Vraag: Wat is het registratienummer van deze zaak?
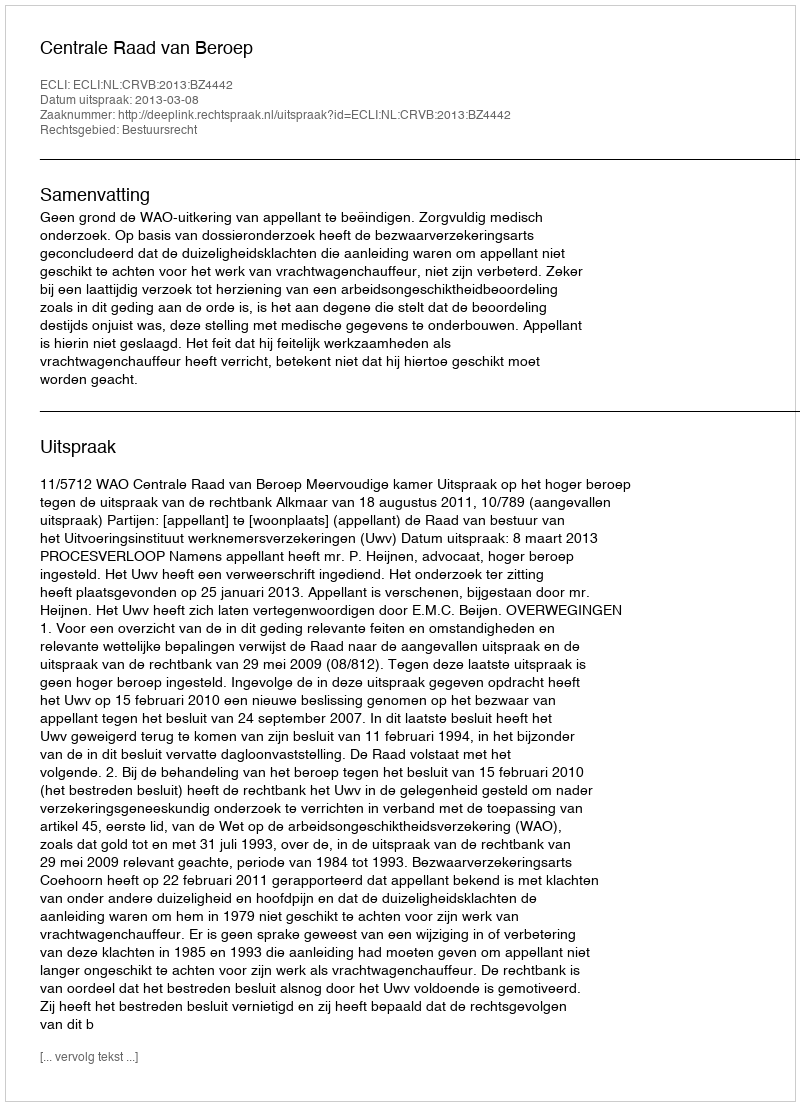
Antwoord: http://deeplink.rechtspraak.nl/uitspraak?id=ECLI:NL:CRVB:2013:BZ4442